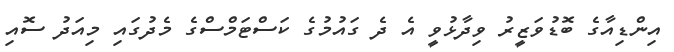
އިންޑިއާގެ ބޮޑުވަޒީރު ވިދާޅުވީ އެ ދެ ގައުމުގެ ކަސްޓަމްސްގެ މެދުގައި މިއަދު ސޮއި